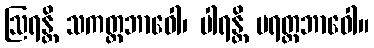
ဩရန္တိ သကတ္တဘာဝေါ၊ ပါရန္တိ ပရတ္တဘာဝေါ။